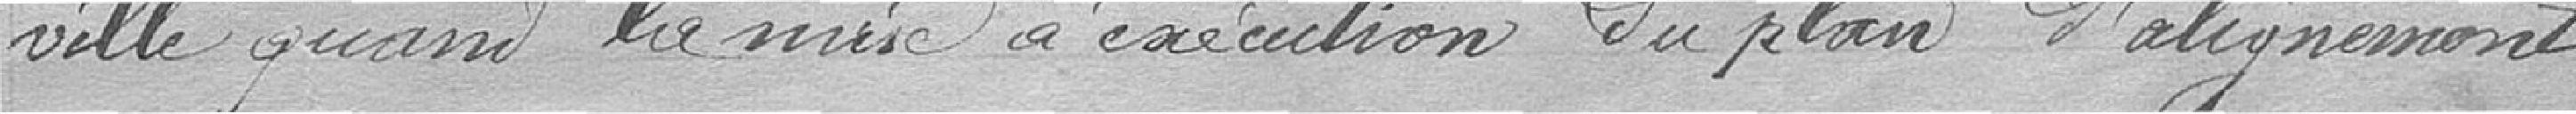
ville quand la mise à execution du plan d'alignement